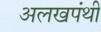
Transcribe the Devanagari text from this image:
अलखपंथी